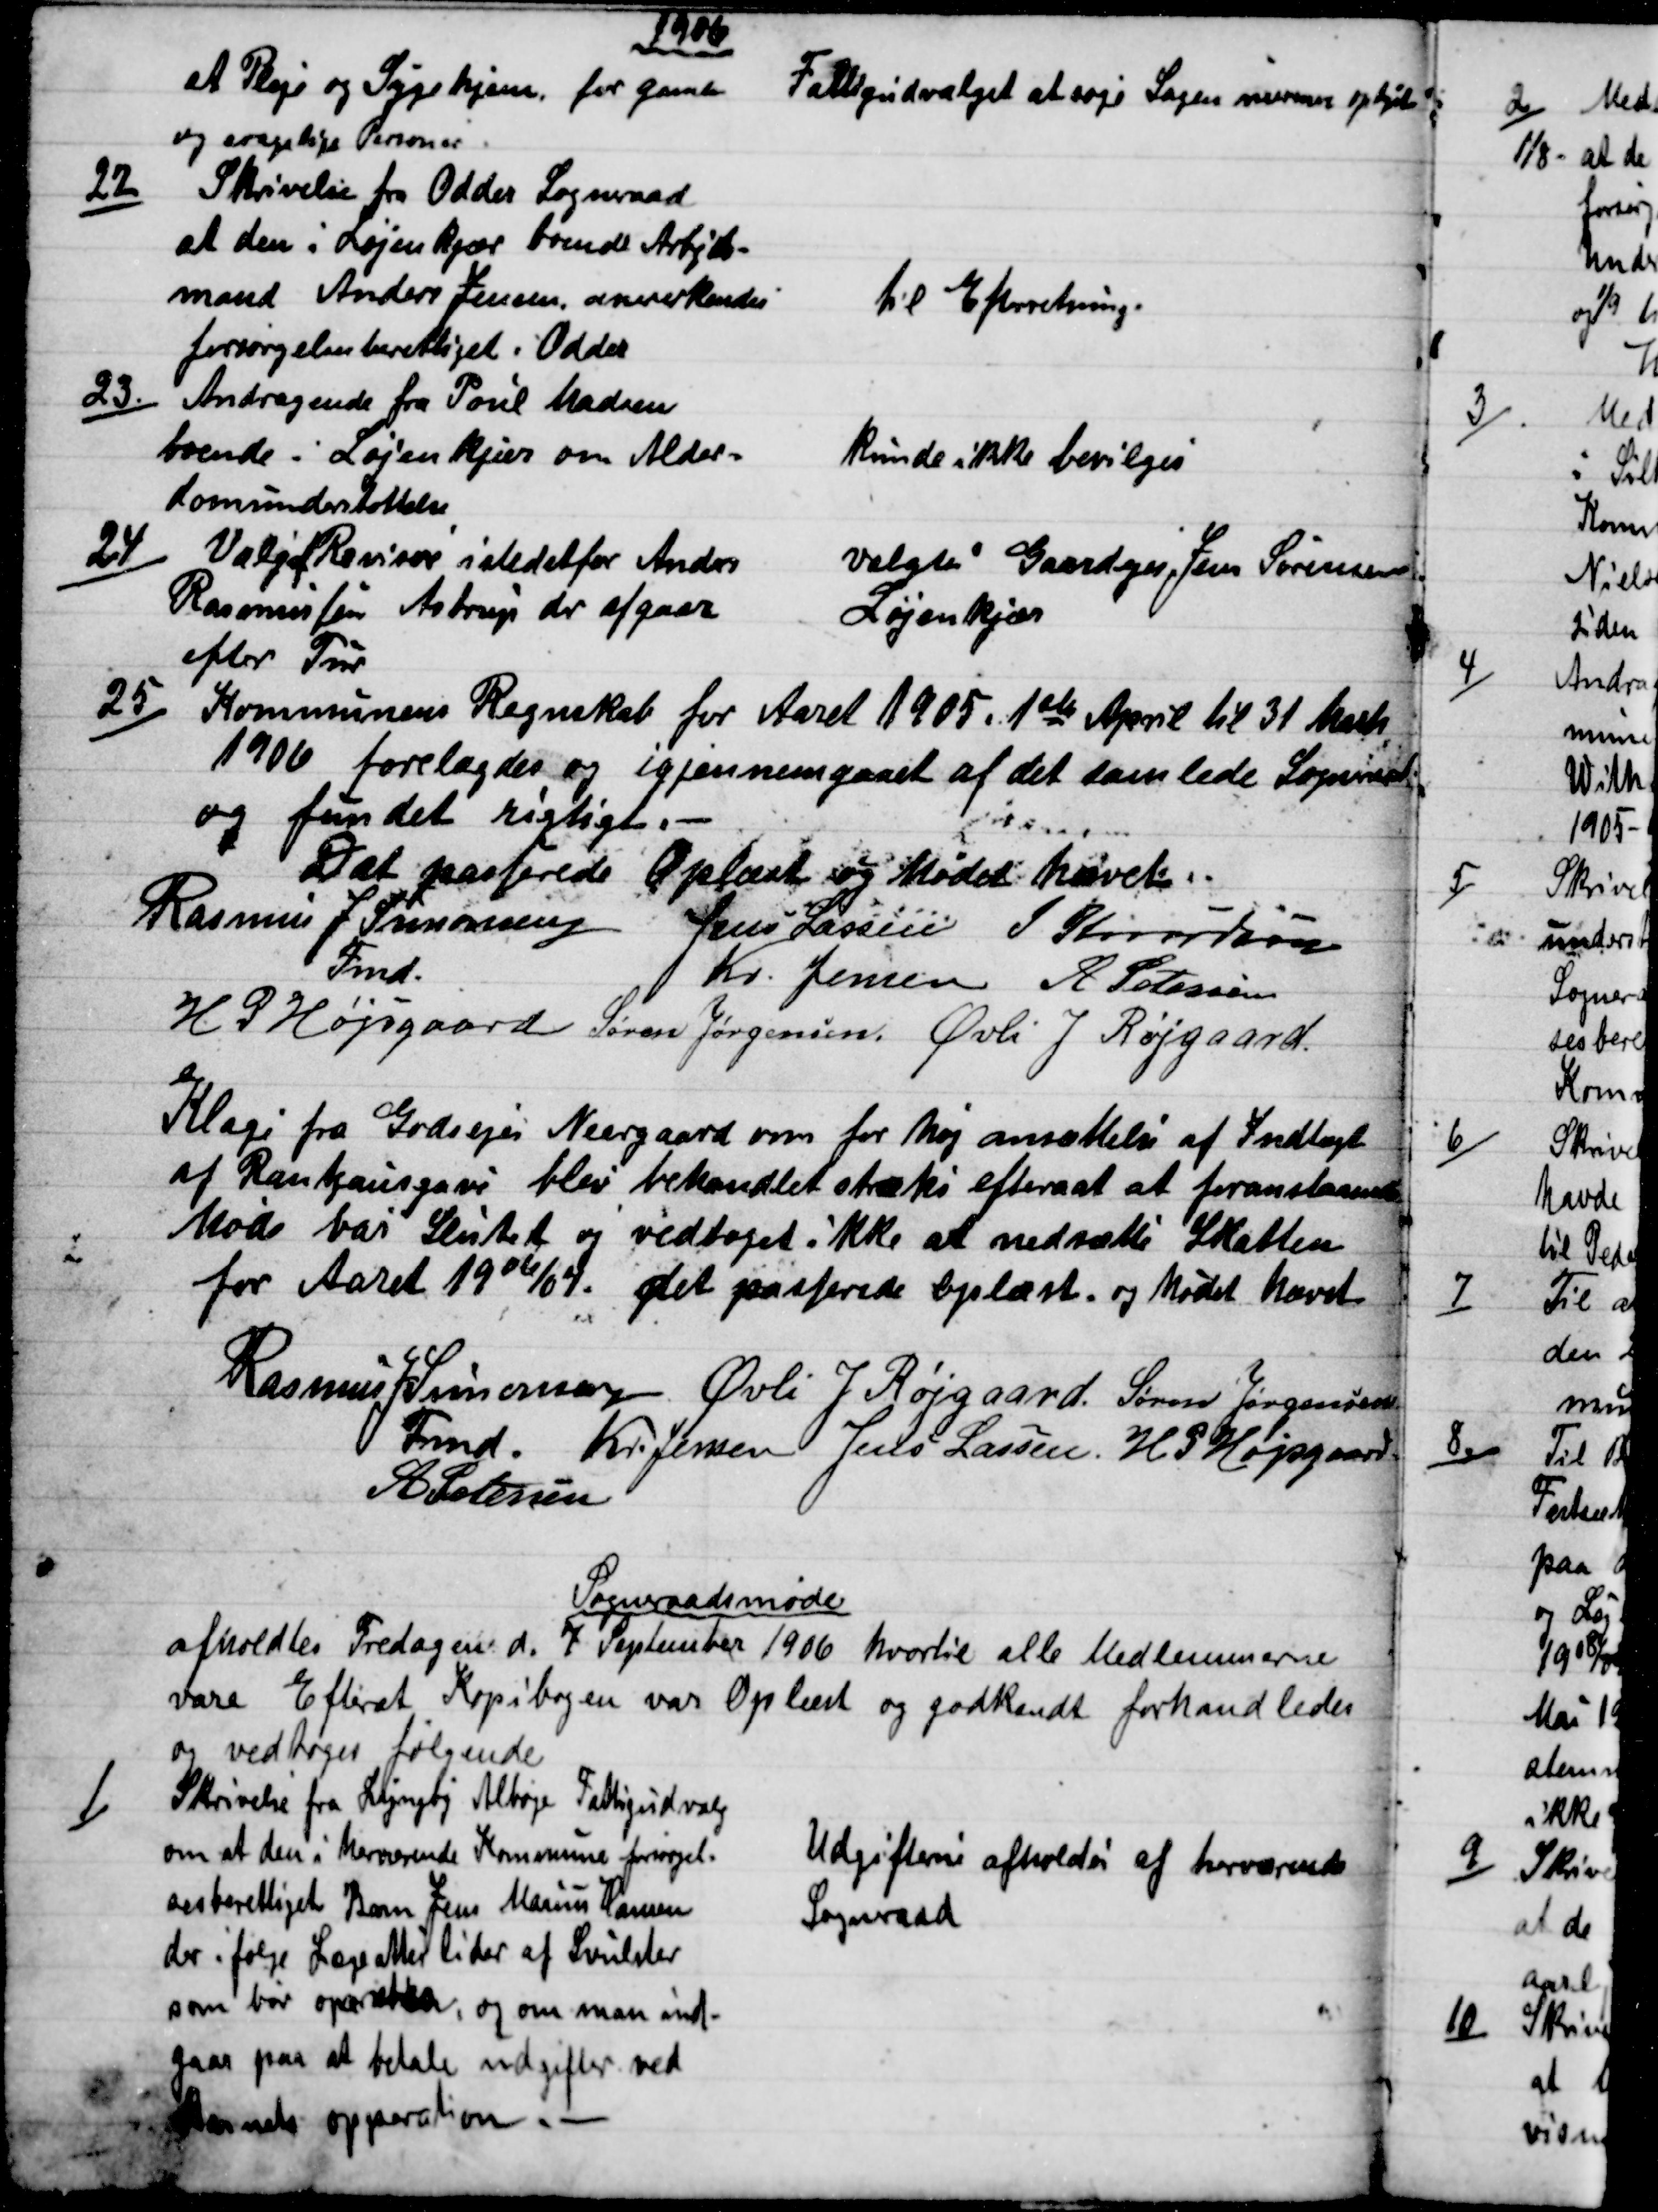
Transskription:
1906
et Pleje og Sygehjem, for gamle
og svagelige Personer.
Fattigudvalget at søge Sagen nærmere oplyst.
22)
Skrivelse fra Odder Sogneraad
at den i Løjenkjær boende Arbejds-
mand Anders Jensen, annerkendes
forsørgelsesberettiget i Odder
til Efterretning.
23.)
Andragende fra Poul Madsen
boende i Løjenkjær om Alder=
domsunderstøttelse
kunde ikke bevilges
24)
Valg af Revisor istedetfor Anders
Rasmussen Astrup der afgaar
efter Tur
valgtes Gaardejer Jens Sørensen
Løjenkjær
25)
Kommunens Regnskab for Aaret 1905. 1ste April til 31 Marts
1906 forelagdes og igjennemgaaet af det samlede Sogneraad
og fundet rigtigt. 
Dat passerede Oplæst og Mødet hævet
Rasmus J Simonsen  
Fmd.
Jens Lassen  J Knudsen
Kr. Jensen  A Petersen
H. P. Højsgaard Søren Jørgensen. Øvli J Røjgaard.
Klage fra Godsejer Neergaard om for høj ansættelse af Indtægt
af Rantzausgave blev behandlet straks efterat at foranstaaende
Møde var Slutet og vedtoget ikke at nedsætte Skatten
for Aaret 1906/07. Det passerede oplæst. og Mødet hævet
Rasmus J Simonsen  
Fmd.  
Øvli J Røjgaard. Søren Jørgensen
Kr. Jensen  Jens Lassen.  H. P. Højsgaard.
A Petersen
Sogneraadsmøde
afholdtes Fredagen d. 7 September 1906 hvortil alle Medlemmerne
vare Efterat Kopibogen var Oplæst og godkendt forhandledes
og vedtoges følgende
1)
Skrivelse fra Lyngby Albøge Fattigudvalg
om at den i herværende Kommune forsørgel-
sesberettiget Barn Jens Marius Hansen
der i følge Læge atter lider af Svulster
som bør opereres, og om man ind-
gaar paa at betale udgifter ved
Barnets opperation. 
Udgifterne afholdes at herværende
Sogneraad